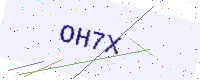
Text: OH7X